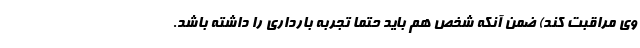
وی مراقبت کند) ضمن آنکه شخص هم باید حتما تجربه بارداری را داشته باشد.